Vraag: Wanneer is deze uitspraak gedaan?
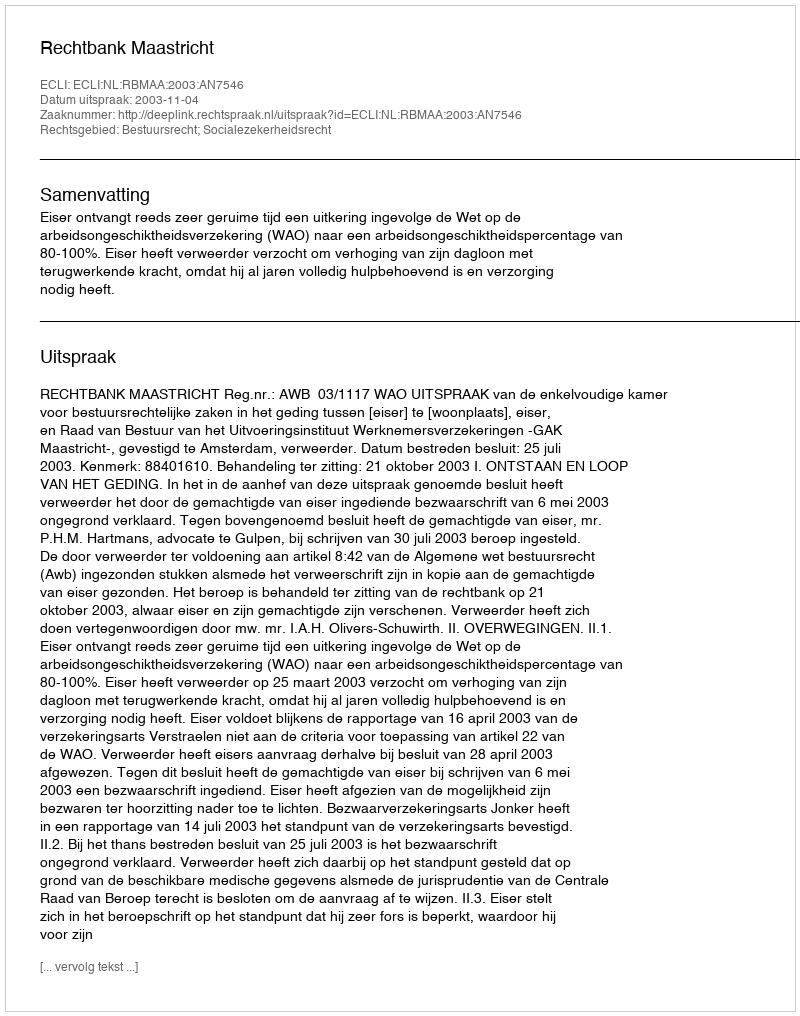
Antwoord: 2003-11-04